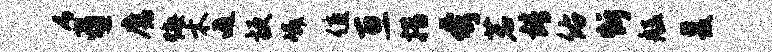
豸魔悔木遁梗嶙值亘措夸茗靖佑忻艋爰